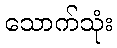
သောက်သုံး